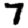
Digit: 7